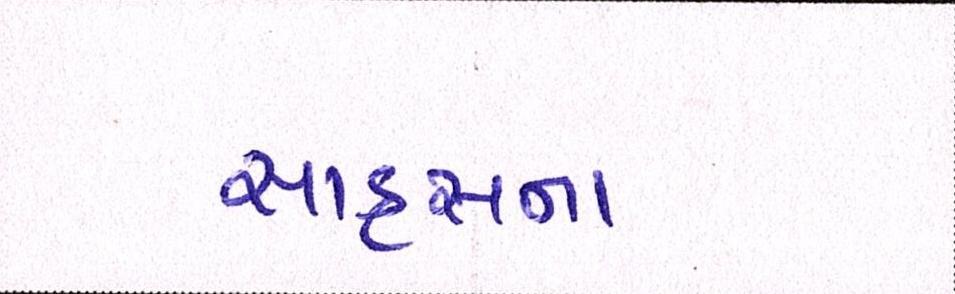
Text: સાહસના